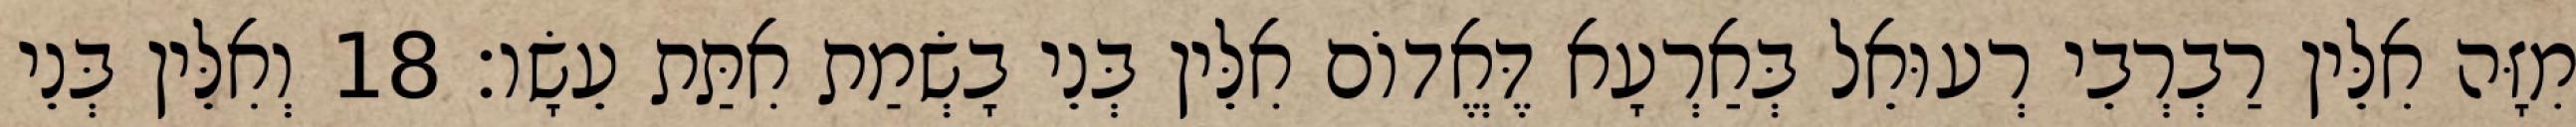
מִזָּה אִלֵּין רַבְרְבֵי רְעוּאֵל בְּאַרְעָא דֶּאֱדוֹם אִלֵּין בְּנֵי בָשְׂמַת אִתַּת עֵשָׂו׃ 18 וְאִלֵּין בְּנֵי